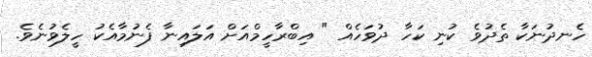
ހެނދުނަކާ ތެދުވެ ކުނި ކަހާ ދުވަހެއް " އިބްރާހީމްއަށް އަލައިނާ ފެނުމާއެކު ހީލެވުނެވެ.